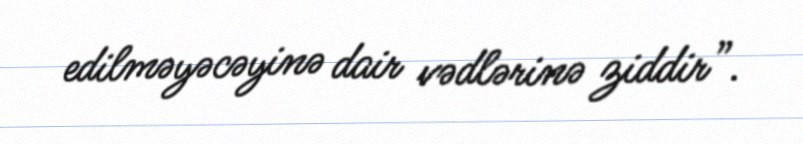
edilməyəcəyinə dair vədlərinə ziddir”.